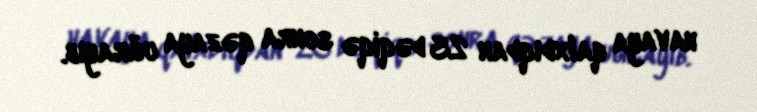
havaya qalxdıqdan 23 dəqiqə sonra qəzaya uğrayıb.